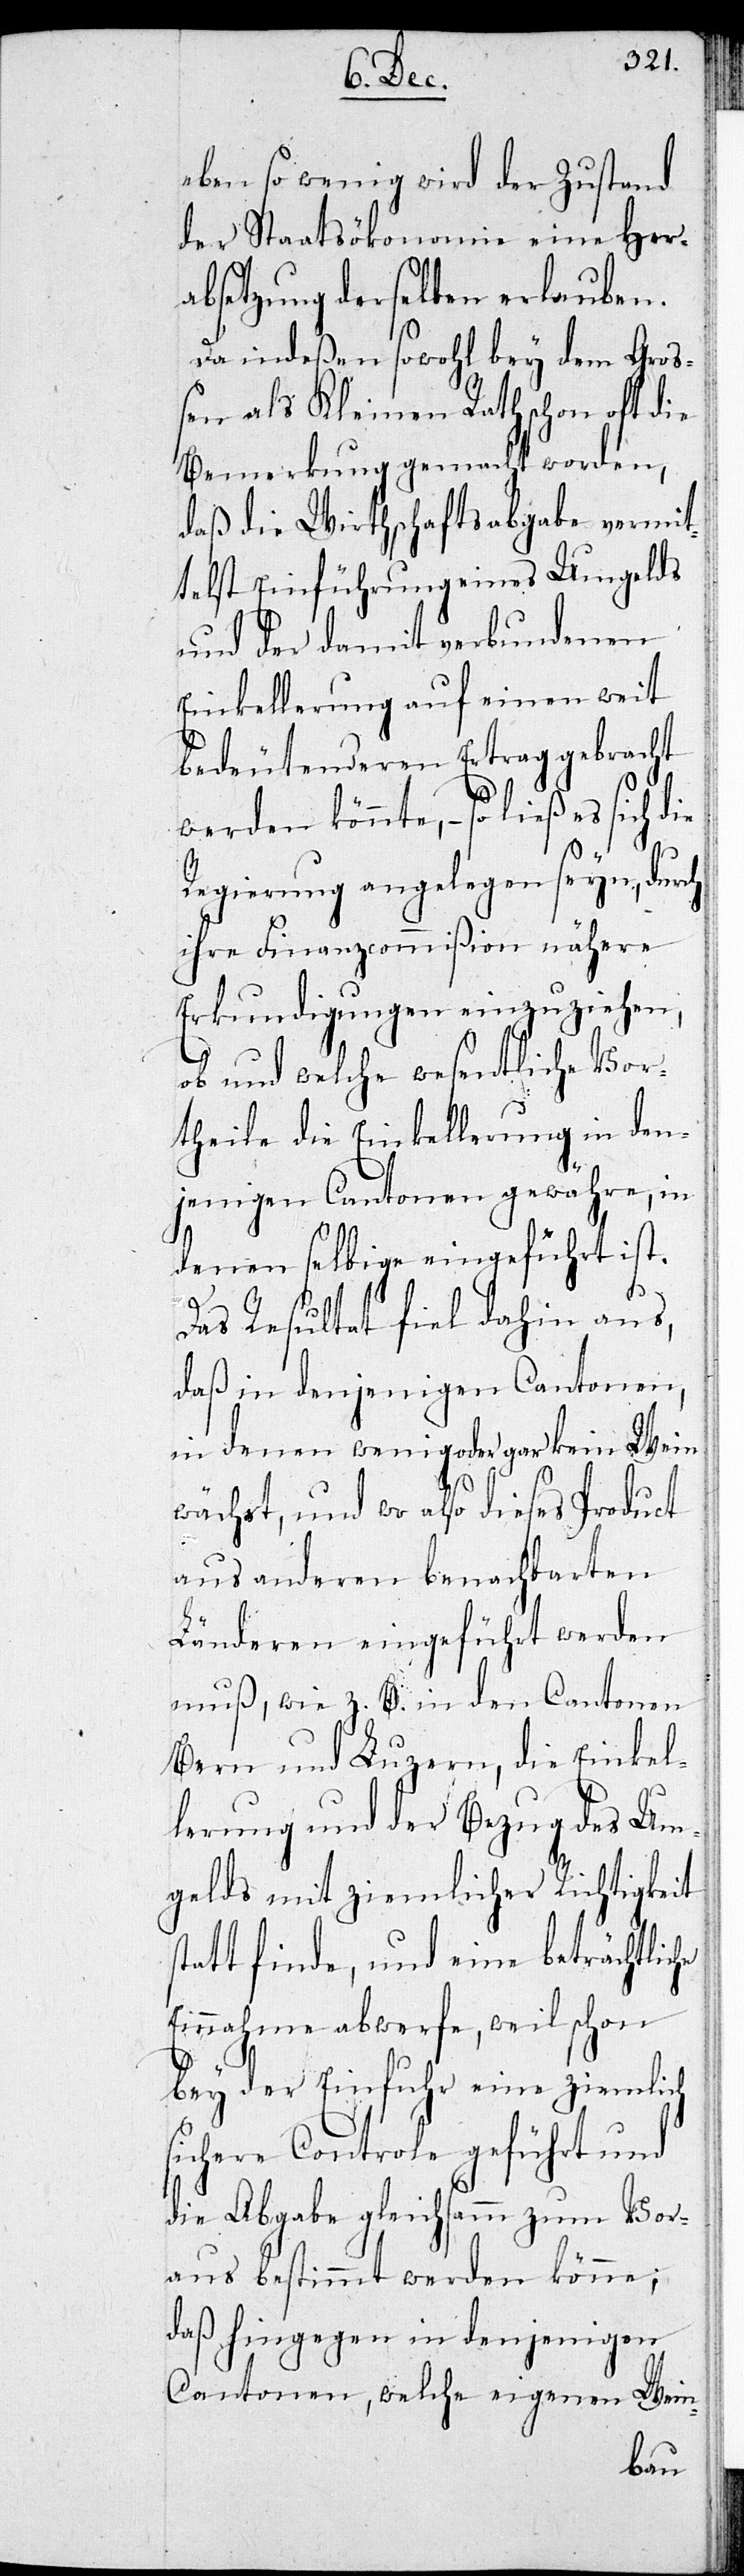
eben so wenig wird der Zustand
der Staatsökonomie eine Her¬
absetzung derselben erlauben.
Da indeßen sowohl bey dem Groß¬
en als Kleinen Rath schon oft die
Bemerkung gemacht worden,
daß die Wirthschaftsabgabe vermit¬
telst Einführung eines Umgelds
und der damit verbundenen
Einkellerung auf einen weit
bedeutenderen Ertrag gebracht
werden könnte, – so ließ es sich
Regierung angelegen seyn, durch
ihre Finanzcommißion nähere
Erkundigungen einzuziehen,
ob und welche wesentliche Vor¬
theile die Einkellerung in den¬
jenigen Cantonen gewähren, in
denen selbige eingeführt ist.
Das Resultat fiel dahin aus,
daß in denjenigen Cantonen,
in denen wenig oder gar kein Wein
wächst, und wo also dieses Product
aus anderen benachbarten
Länderen eingeführt werden
muß, wie z. B. in den Cantonen
Bern und Luzern, die Einkel¬
lerung und der Bezug des Um¬
gelds mit ziemlicher Richtigkeit
Statt finde, und eine beträchtlic¬
Einnahme abwerfe, weil schon
bey der Einfuhr eine ziemlich
sichere Controle geführt und
die Abgabe gleichsamm zum Vor¬
aus bestimmt werden könne;
daß hingegen in denjenigen
Cantonen, welche eigenen Wein-
he